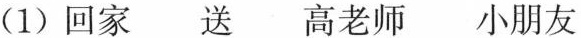
(1) 回家 送 高老师 小朋友